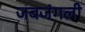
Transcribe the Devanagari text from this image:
जबजंगली